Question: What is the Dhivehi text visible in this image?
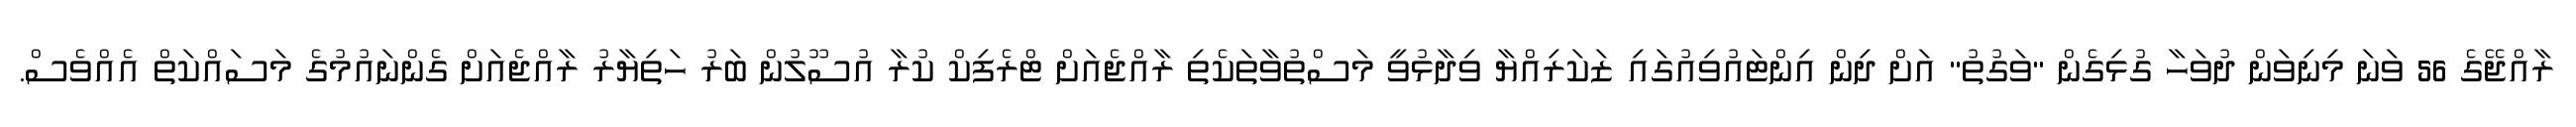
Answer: ރާއްޖޭގެ 56 ވަނަ މިނިވަން ދުވަހާ ގުޅިގެން "ވަގުތު" އަށް ދިން އިންޓައުވިއުގައި ޒަކަރިއްޔާ ވިދާޅުވީ މަސްތުވާތަކެތި ރާއްޖެއަށް ޓްރެފިކް ކުރާ އުސޫލުން ބަރު ހަތިޔާރު ރާއްޖެއަށް ގެންނައުމުގެ މަސައްކަތް އެއްވެސް.